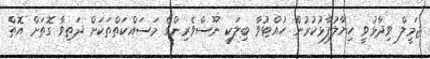
ޖަމީލް ވިދާޅުވީ ހިޔާލުފާޅުކުރުން ހުއްޓުވާ ބިލަކީ ނޫސްވެރިންގެ މަސައްކަތްތަކަށް ދަތިވާ ގޮތަށް އޮތް